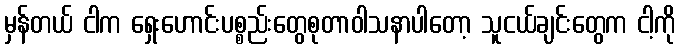
မှန်တယ် ငါက ရှေးဟောင်းပစ္စည်းတွေစုတာဝါသနာပါတော့ သူငယ်ချင်းတွေက ငါ့ကို